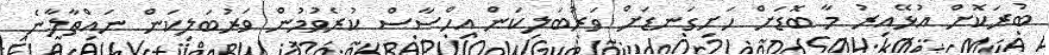
ބުރަކޮށް އުޅޭއިރު މާ ބޮޑަށް ހަށިގަނޑަށް ވަރުބަލިކަން އިހްސާސް ކުރެވުމުން ވަރުބަލިކަން ނައްތާލާނެ